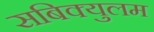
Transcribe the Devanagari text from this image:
सबिक्युलम